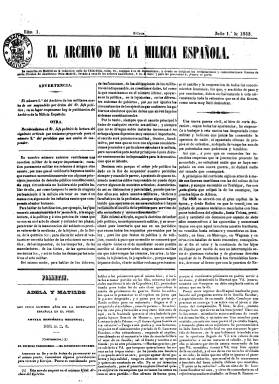
Título: El Archivo de la milicia española
Colección: Fuerzas armadas
Ámbito geográfico: Madrid
Lugar de publicación: Madrid
Fechas: 01/07/1843-01/07/1843

Aparece el uno de julio de 1843 en sustitución de El archivo de los militares, que dos días antes había sido suspendido por orden gubernamental, periódico militar que a su vez también había sido suspendido previamente, y que había aparecido en sustitución de El archivo del ejército, que, a su vez, lo había hecho en sustitución de El archivo militar, el periódico fundado por Antonio Vallecillo Luján (1807-1880), a su vez también suspendido, cuando diferentes pronunciamientos militares convergen durante este año y terminarán al finalizar este mes de julio de 1843 con regencia de Baldomero Espartero (18993-1879) y la marcha al exilio de este general “del pueblo” el 30 de ese mismo mes de julio. Sólo se conoce de este título su primer número, de cuatro páginas e igual estructura que sus cabeceras predecesoras. Como continuación del mismo, en agosto aparecerá otro periódico titulado: El boletín del ejército (1843-1846), ya bajo el gobierno provisional de Joaquín María López (1798-1855) y con el general Francisco Serrano (1810-1885) como ministro de la Guerra. Véase este último título en esta misma colección de la Hemeroteca Digital de la BNE.